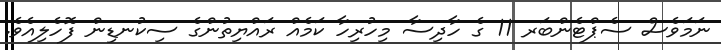
ނަމަވެސް ސެޕްޓެންބަރ 11 ގެ ހާދިސާ މިހުރިހާ ކަމެއް ރައްޔިތުންގެ ސިކުނޑިން ފޮހެލިއެވެ.